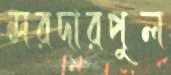
সরদারপুল